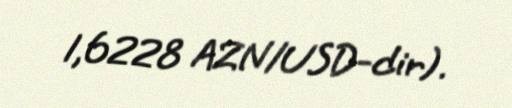
1,6228 AZN/USD-dir).